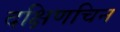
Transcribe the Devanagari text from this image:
दक्षिणचिन